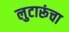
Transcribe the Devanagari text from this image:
लुटारूंचा